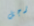
رجل